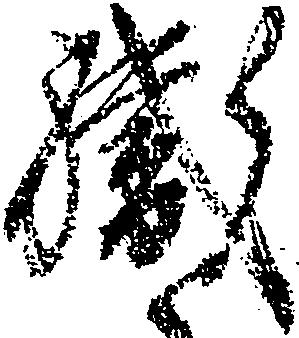
職